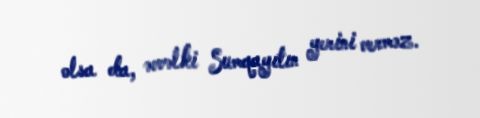
olsa da, əvvəlki Sumqayıtın yerini verməz.